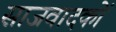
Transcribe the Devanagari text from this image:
साजवादकों